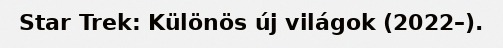
Star Trek: Különös új világok (2022–).